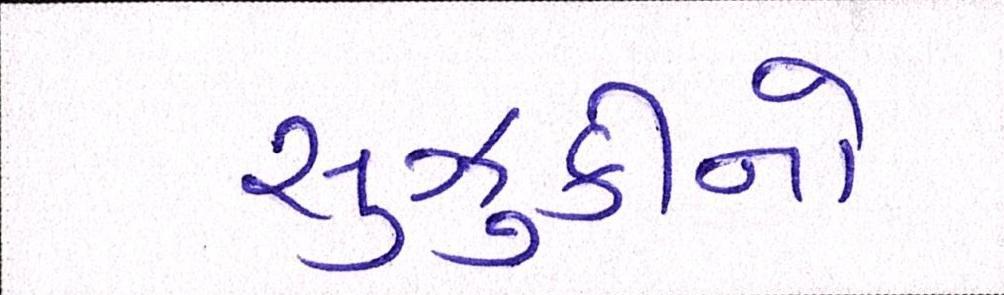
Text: સુઝુકીનો